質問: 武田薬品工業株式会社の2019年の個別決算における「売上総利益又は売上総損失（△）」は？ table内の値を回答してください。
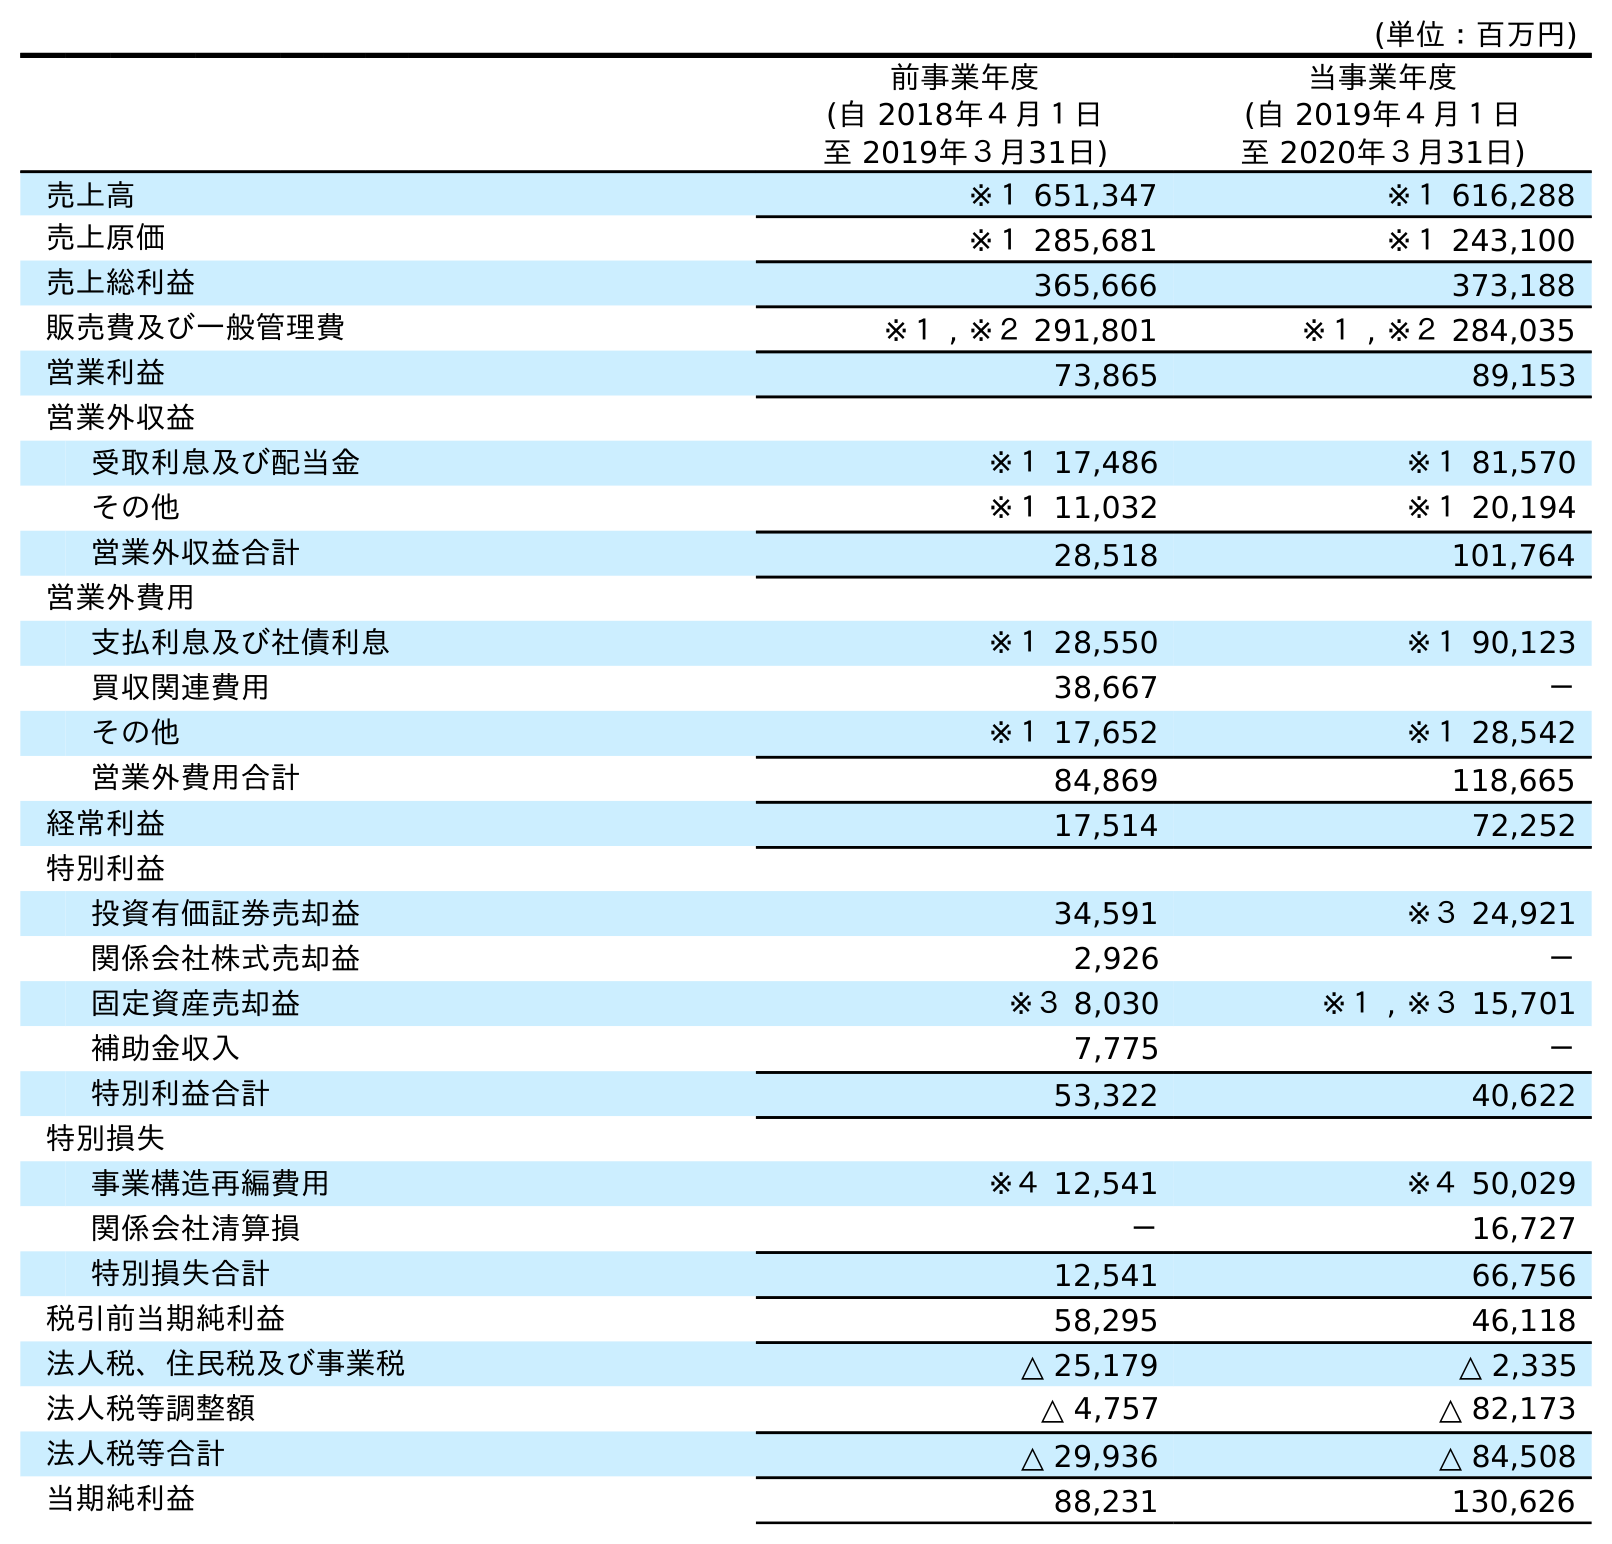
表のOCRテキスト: (単位：百万円) 前事業年度 (自 2018年４月１日 至 2019年３月31日) 当事業年度 (自 2019年４月１日 至 2020年３月31日) 売上高 ※１ 651,347 ※１ 616,288 売上原価 ※１ 285,681 ※１ 243,100 売上総利益 365,666 373,188 販売費及び一般管理費 ※１ , ※２ 291,801 ※１ , ※２ 284,035 営業利益 73,865 89,153 営業外収益 受取利息及び配当金 ※１ 17,486 ※１ 81,570 その他 ※１ 11,032 ※１ 20,194 営業外収益合計 28,518 101,764 営業外費用 支払利息及び社債利息 ※１ 28,550 ※１ 90,123 買収関連費用 38,667 － その他 ※１ 17,652 ※１ 28,542 営業外費用合計 84,869 118,665 経常利益 17,514 72,252 特別利益 投資有価証券売却益 34,591 ※３ 24,921 関係会社株式売却益 2,926 － 固定資産売却益 ※３ 8,030 ※１ , ※３ 15,701 補助金収入 7,775 － 特別利益合計 53,322 40,622 特別損失 事業構造再編費用 ※４ 12,541 ※４ 50,029 関係会社清算損 － 16,727 特別損失合計 12,541 66,756 税引前当期純利益 58,295 46,118 法人税、住民税及び事業税 △ 25,179 △ 2,335 法人税等調整額 △ 4,757 △ 82,173 法人税等合計 △ 29,936 △ 84,508 当期純利益 88,231 130,626
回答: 365,666